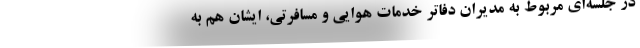
در جلسه‌ای مربوط به مدیران دفاتر خدمات هوایی و مسافرتی، ایشان هم به